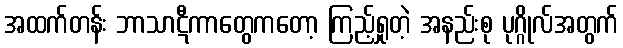
အထက်တန်း ဘာသာဋီကာတွေကတော့ ကြည့်ရှုတဲ့ အနည်းစု ပုဂ္ဂိုလ်အတွက်